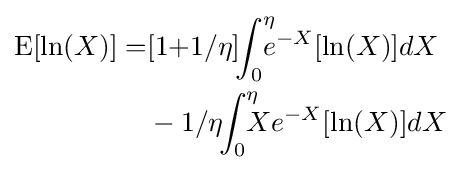
{\begin{aligned}\mathrm {E} [\ln(X)]=&[1{+}1/\eta ]\!\!\int _{0}^{\eta }\!\!\!\!e^{-X}[\ln(X)]dX\\&-1/\eta \!\!\int _{0}^{\eta }\!\!\!\!Xe^{-X}[\ln(X)]dX\end{aligned}}